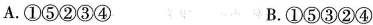
A.①⑤②③④ B.①⑤③②④